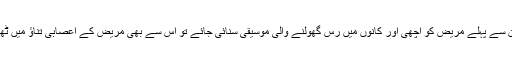
157 بالغ افراد پر کی گئی اس تحقیق سے پتا چلتا ہے کہ اگر آپریشن سے پہلے مریض کو اچھی اور کانوں میں رس گھولنے والی موسیقی سنائی جائے تو اس سے بھی مریض کے اعصابی تناؤ میں ٹھیک اسی طرح کمی واقع ہوتی ہے جیسی سکون آور دوائیں دینے پر۔